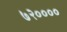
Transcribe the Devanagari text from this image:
७२००००